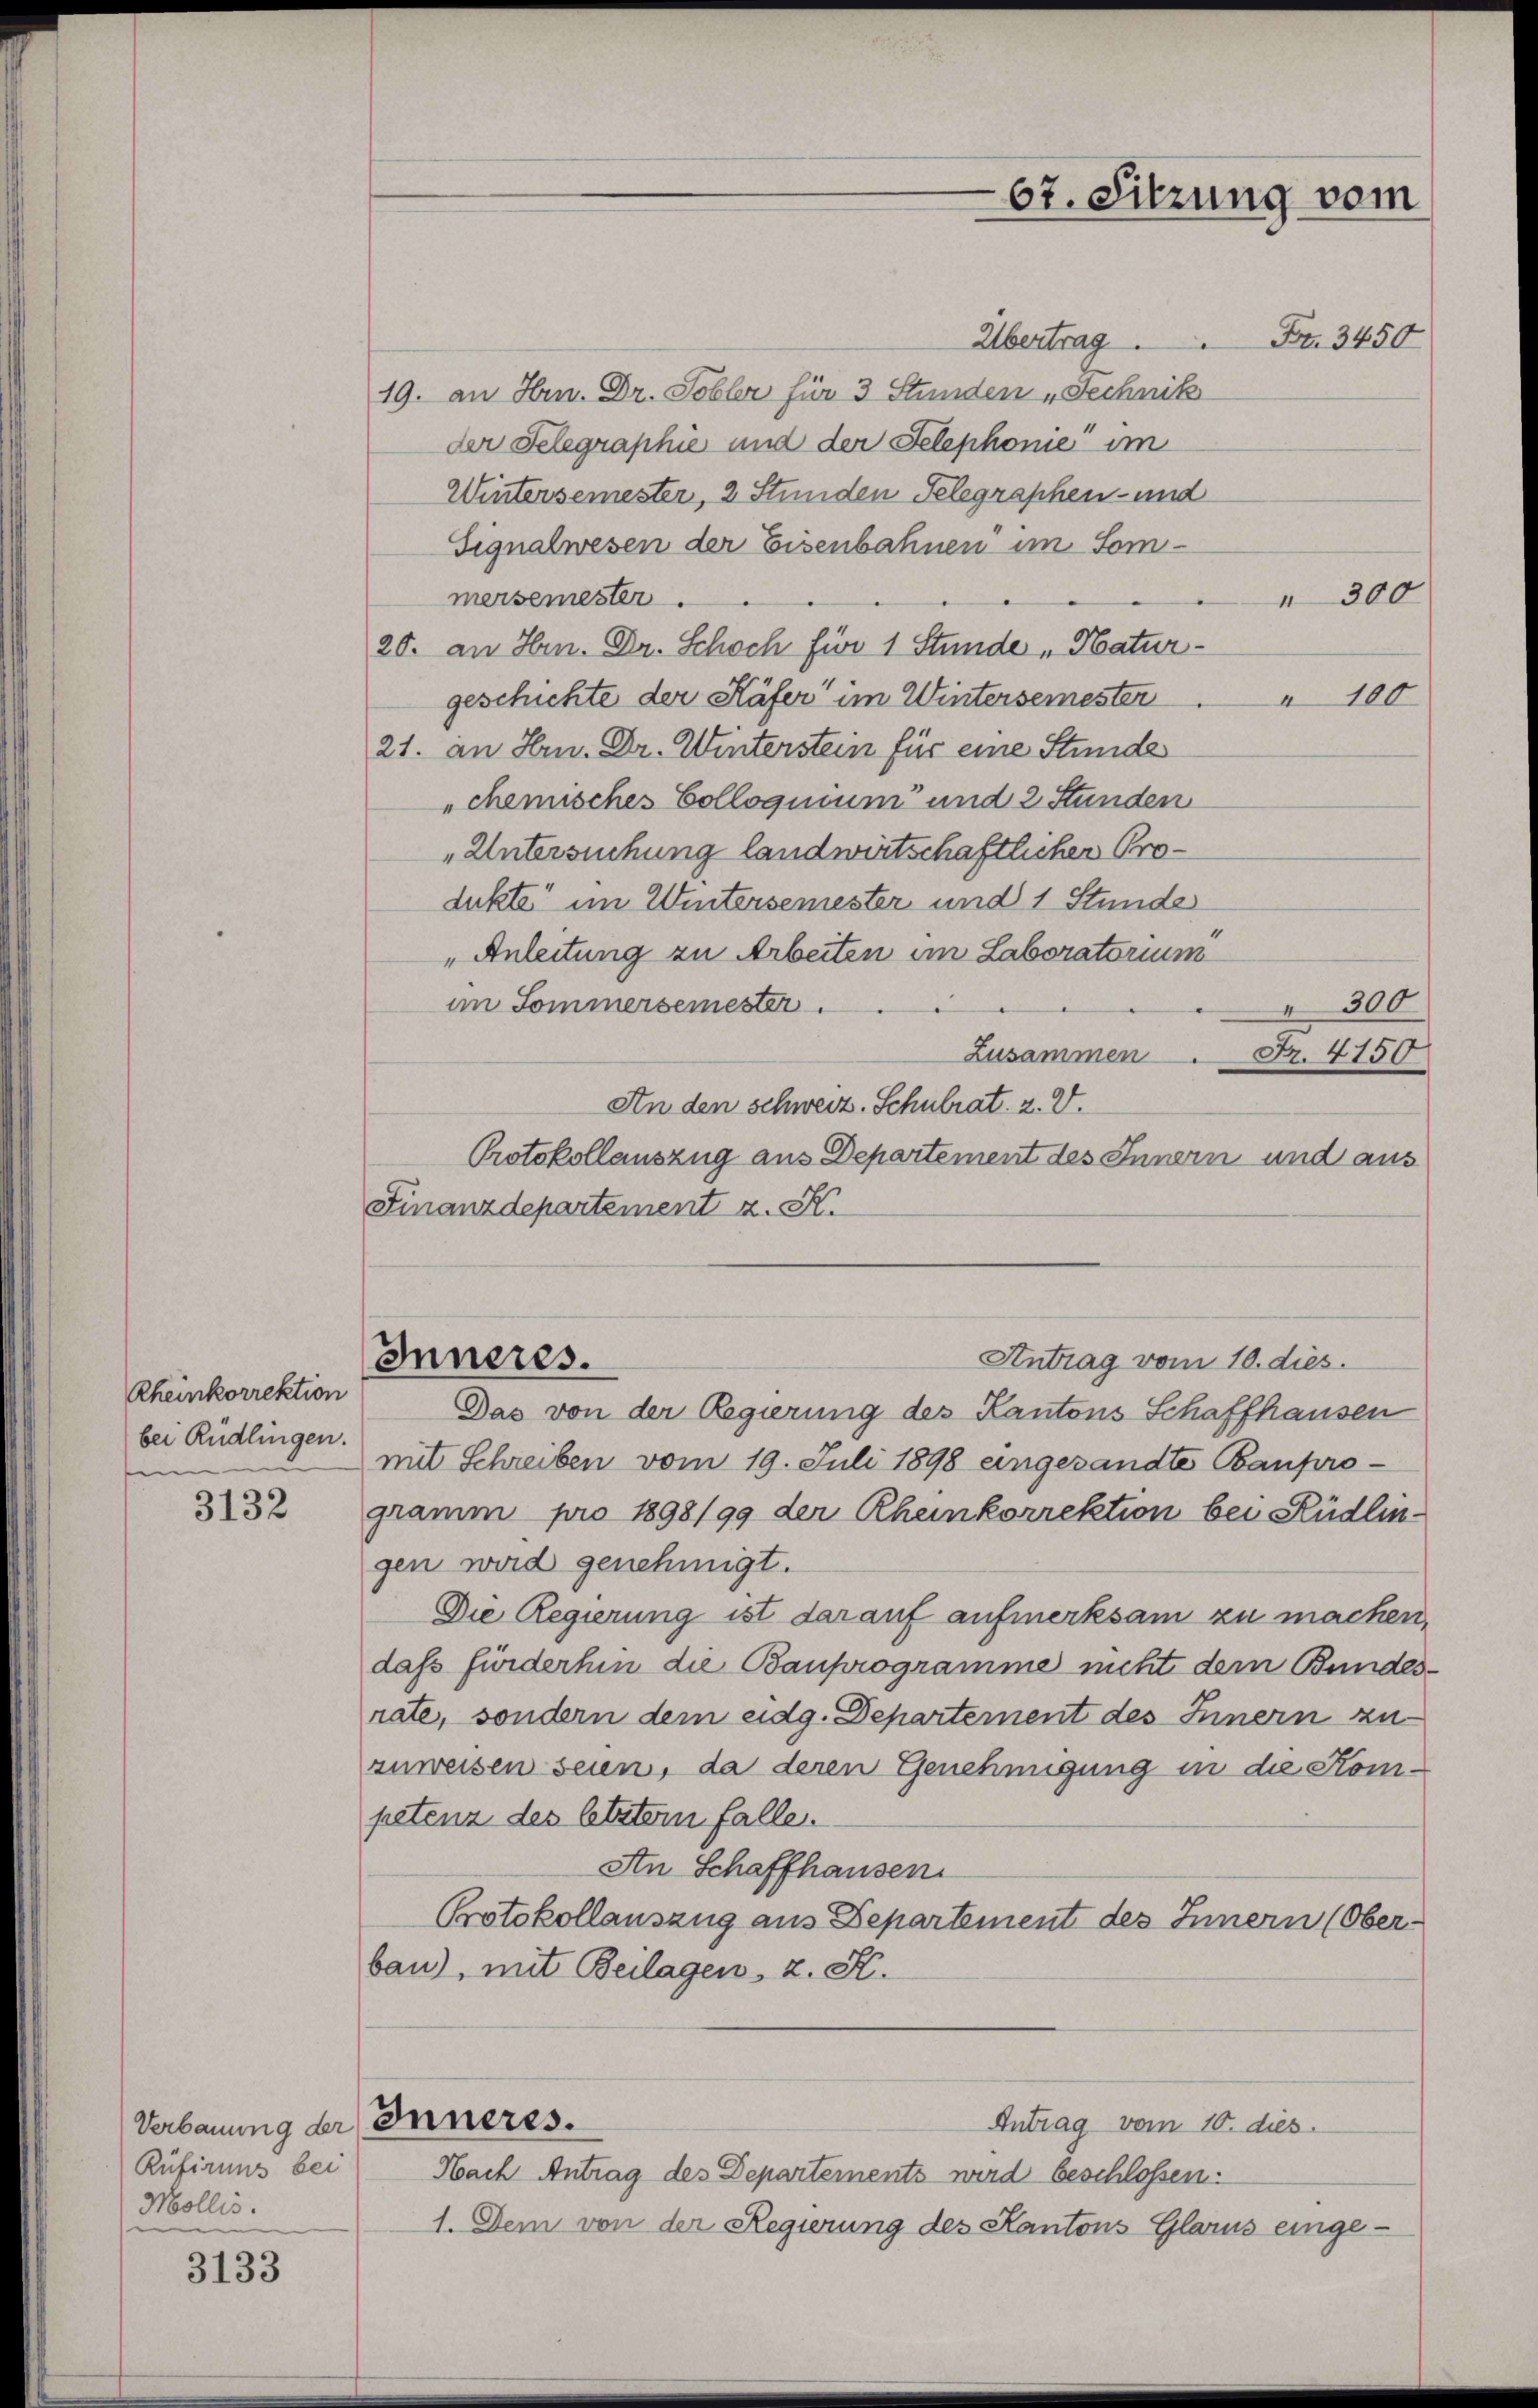
Rheinkorrektion
bei Rüdlingen.
f

3132

Verbauung der
Rüfiruns bei
Mollis.

3133

67. Sitzung vom

Übertrag.
19. an Hrn. Dr. Sobler für 3 Stunden „Technik
der Telegraphie und der Telephonie im
Wintersemester, 2 Stunden Telegraphen- und
Signalwesen der Eisenbahnen im Sommersemester.
20. an Hrn. Dr. Schoch für 1 Stunde „Hatur-
geschichte der Häfer im Wintersemester
21. an Hrn. Dr. Winterstein für eine Stunde
chemisches Colloquium und 2 Stunden
„Untersuchung landwirtschaftlichen Produkte im Wintersemester und 1 Stunde
"Anleitung zu Arbeiten im Laboratorium
im Sommersemester.
Zusammen
An den schweiz. Schulrat. 2. V.
Protokollauszug aus Departement des Innern und aus
Finanzdepartement z. K.
Antrag vom 10. dies.
Inneres.
Das von der Regierung des Kantons Schaffhausen
mit Schreiben vom 19. Juli 1898 eingesandte Baupro-
gramm pro 1898/99 der Rheinkorrektion bei Rüdlin-
gen wird genehmigt.
Die Regierung ist darauf aufmerksam zu machen,
daß fürderhin die Bauprogramme nicht dem Bundesrate, sondern dem eidg. Departement des Innern zu
zuweisen seien, da deren Genehmigung in die Kompetenz des beitern falle.
An Schaffhausen
Protokollauszug aus Departement des Innern (Ober-
bau), mit Beilagen, z. K.
Inneres.
Antrag vom 10. dies
Nach Antrag des Departements wird beschlossen:
1. Dem von der Regierung des Kantons Glarus einge-

Fr. 3450

" 300
 100

300
Fr. 4150